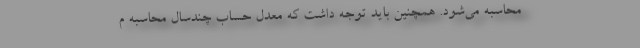
محاسبه می‌شود. همچنین باید توجه داشت که معدل حساب چندسال محاسبه م